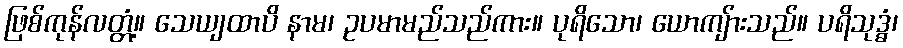
ဖြစ်ကုန်လတ္တံ့။ သေယျထာပိ နာမ၊ ဥပမာမည်သည်ကား။ ပုရိသော၊ ယောကျ်ားသည်။ ပရိသုဒ္ဓံ၊